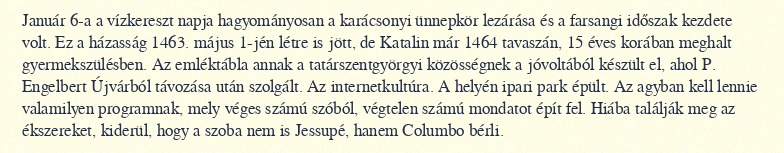
Január 6-a a vízkereszt napja hagyományosan a karácsonyi ünnepkör lezárása és a farsangi időszak kezdete volt. Ez a házasság 1463. május 1-jén létre is jött, de Katalin már 1464 tavaszán, 15 éves korában meghalt gyermekszülésben. Az emléktábla annak a tatárszentgyörgyi közösségnek a jóvoltából készült el, ahol P. Engelbert Újvárból távozása után szolgált. Az internetkultúra. A helyén ipari park épült. Az agyban kell lennie valamilyen programnak, mely véges számú szóból, végtelen számú mondatot épít fel. Hiába találják meg az ékszereket, kiderül, hogy a szoba nem is Jessupé, hanem Columbo bérli.